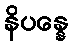
နိပန္နေ